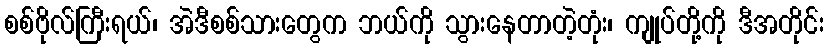
စစ်ဗိုလ်ကြီးရယ်၊ အဲဒီစစ်သားတွေက ဘယ်ကို သွားနေတာတဲ့တုံး၊ ကျုပ်တို့ကို ဒီအတိုင်း